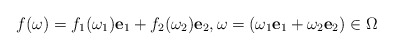
\begin{align*}f(\omega)=f_1 (\omega_1 )\textbf{e}_1 + f_2 (\omega_2 )\textbf{e}_2 ,\omega = (\omega_1 \textbf{e}_1 +\omega_2 \textbf{e}_2)\in\Omega\end{align*}